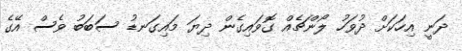
ދަނީ އިހަކަށް ދުވަހު ލޯންޗެއް ގޮވައިގެން ދިޔަ މައިގަނޑު ސަބަބު ވެސް އޭގެ